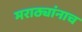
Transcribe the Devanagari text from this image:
मराठ्यांनाच